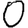
Digit: 0